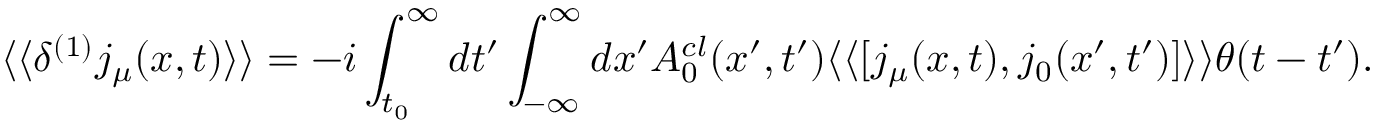
\langle \langle \delta ^ { ( 1 ) } j _ { \mu } ( x , t ) \rangle \rangle = - i \int _ { t _ { 0 } } ^ { \infty } d t ^ { \prime } \int _ { - \infty } ^ { \infty } d x ^ { \prime } A _ { 0 } ^ { c l } ( x ^ { \prime } , t ^ { \prime } ) \langle \langle [ j _ { \mu } ( x , t ) , j _ { 0 } ( x ^ { \prime } , t ^ { \prime } ) ] \rangle \rangle \theta ( t - t ^ { \prime } ) .